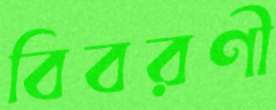
বিবরণী